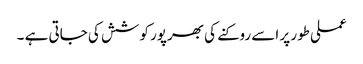
عملی طور پر اسے روکنے کی بھرپور کوشش کی جاتی ہے ۔